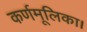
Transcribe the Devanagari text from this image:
कर्णमूलिका।